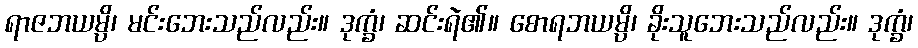
ရာဇဘယမ္ပိ၊ မင်းဘေးသည်လည်း။ ဒုက္ခံ၊ ဆင်းရဲ၏။ စောရဘယမ္ပိ၊ ခိုးသူဘေးသည်လည်း။ ဒုက္ခံ၊